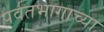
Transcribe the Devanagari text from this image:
पर्वतभागाच्या